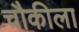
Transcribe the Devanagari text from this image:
चौकीला